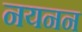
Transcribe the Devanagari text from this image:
नयनन